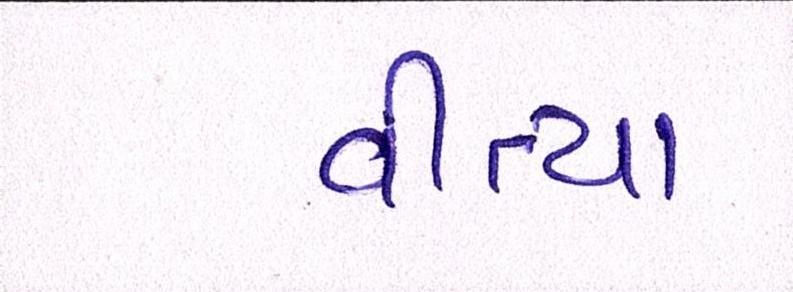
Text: વીત્યા